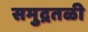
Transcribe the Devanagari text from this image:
समुद्रतळी